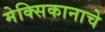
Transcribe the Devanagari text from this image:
मेक्सिकानाचे